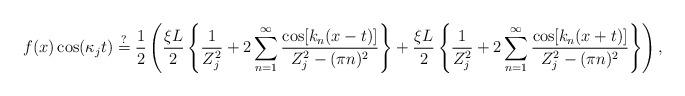
LaTeX: \begin{align*}f(x) \cos(\kappa_j t) \stackrel{?}{=} \frac{1}{2}\left( \frac{\xi L}{2}\left\{ \frac{1}{Z_j^2} + 2 \sum_{n=1}^\infty \frac{\cos[k_n (x-t)]}{Z_j^2-(\pi n)^2}\right\}+\frac{\xi L}{2}\left\{ \frac{1}{Z_j^2} + 2 \sum_{n=1}^\infty \frac{\cos[k_n (x+t)]}{Z_j^2-(\pi n)^2}\right\}\right),\end{align*}